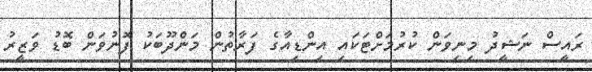
ރައީސް ނަޝީދު މިނިވަން ކުރުމަށްޓަކައި އިންޑިއާގެ ފަރާތުން މަންދޫބަކު ފޮނުވަން ބޮޑު ވަޒީރު